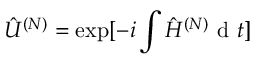
\hat { U } ^ { ( N ) } = \exp [ - i \int \hat { H } ^ { ( N ) } \mathrm { ~ d ~ } t ]